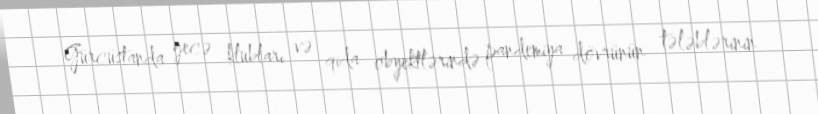
Gürcüstanda gecə klubları və qida obyektlərində pandemiya dövrünün tələblərinin